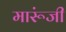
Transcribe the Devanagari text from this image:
मारूंजी